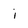
Character: i